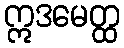
ဣဒမေတ္ထ